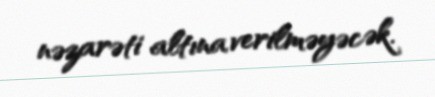
nəzarəti altına verilməyəcək.